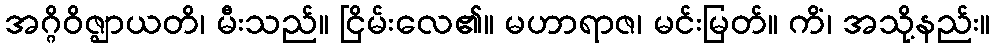
အဂ္ဂိဝိဇ္ဈာယတိ၊ မီးသည်။ ငြိမ်းလေ၏။ မဟာရာဇ၊ မင်းမြတ်။ ကိံ၊ အသို့နည်း။